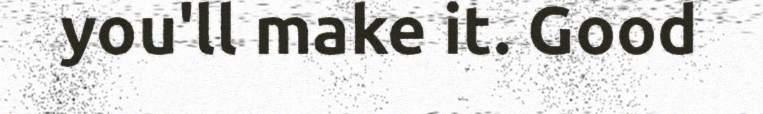
you'll make it. Good